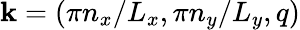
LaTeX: \mathbf{k}=(\pi n_{x}/L_{x},\pi n_{y}/L_{y},q)